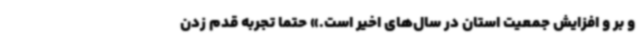
و بر و افزایش جمعیت استان در سال‌های اخیر است.» حتماً تجربه قدم زدن